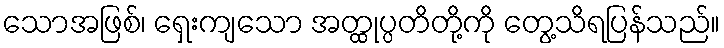
သောအဖြစ်၊ ရှေးကျသော အတ္ထုပ္ပတိတို့ကို တွေ့သိရပြန်သည်။